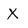
Character: X